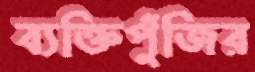
ব্যক্তিপুঁজির